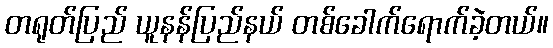
တရုတ်ပြည် ယူနန်ပြည်နယ် တစ်ခေါက်ရောက်ခဲ့တယ်။